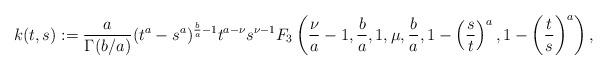
LaTeX: \begin{align*}k(t,s):=\frac{a}{\Gamma(b/a)}(t^a-s^a)^{\frac{b}{a}-1}t^{a-\nu}s^{\nu-1} F_3\left(\frac{\nu}{a}-1,\frac{b}{a},1,\mu, \frac{b}{a}, 1-\left(\frac{s}{t}\right)^a,1-\left(\frac{t}{s}\right)^a\right),\end{align*}